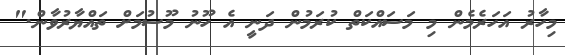
މިހާރު އަހަރެމެން މި މަސައްކަތް ކުރަމުން ދަނީ އެ ހޫނު މޫސުމަށް ތައްޔާރުވާން."